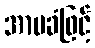
အာမခံဖြင့်